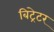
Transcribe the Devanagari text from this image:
बिट्रेटर